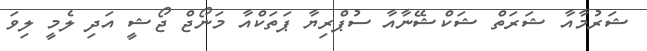
ޝަރުމާއާ ޝަރަތް ޝަކްޝޭނާއާ ސުޕްރިޔާ ޕަތަކްއާ މަނޯޖް ޖޯޝީ އަދި ލެމީ ލިވަ